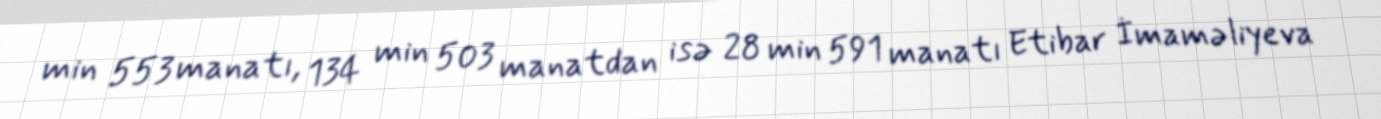
min 553 manatı, 134 min 503 manatdan isə 28 min 591 manatı Etibar İmaməliyeva